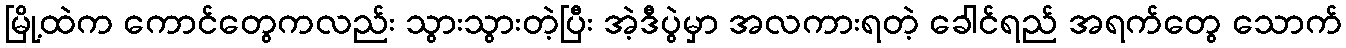
မြို့ထဲက ကောင်တွေကလည်း သွားသွားတဲ့ပြီး အဲ့ဒီပွဲမှာ အလကားရတဲ့ ခေါင်ရည် အရက်တွေ သောက်